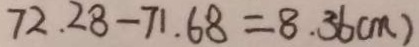
7 2 . 2 8 - 7 1 . 6 8 = 8 . 3 6 ( m )